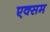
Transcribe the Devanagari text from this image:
एक्सम